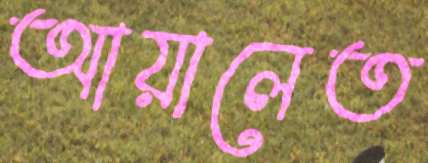
আয়ালেত